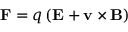
\mathbf { F } = q \left( \mathbf { E } + \mathbf { v } \times \mathbf { B } \right)